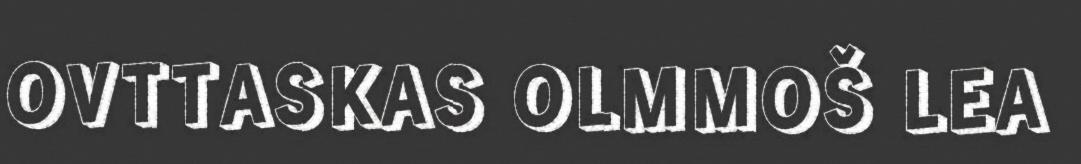
OVTTASKAS OLMMOŠ LEA